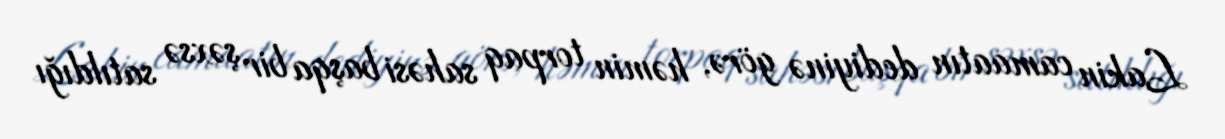
Lakin camaatın dediyinə görə, həmin torpaq sahəsi başqa bir şəxsə satıldığı